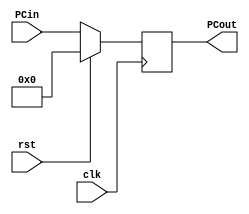
module program_counter(clk, rst, PCin, PCout);
	
	input clk, rst;
	input [31:0] PCin;
	output reg [31:0] PCout;
	
	
	always @(posedge clk) begin
		if(rst == 1)
			PCout <= 32'h00000000;
		else
			PCout <= PCin;
	end
endmodule